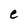
Character: e